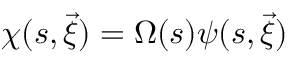
\chi ( s , \vec { \xi } ) = \Omega ( s ) \psi ( s , \vec { \xi } )